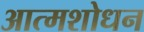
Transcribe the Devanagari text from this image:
आत्मशोधन